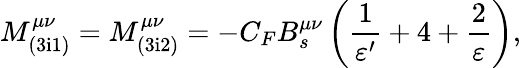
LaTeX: M_{\mathrm{(3i1)}}^{\mu\nu}=M_{\mathrm{(3i2)}}^{\mu\nu}=-C_{F}B_{s}^{\mu\nu}\left(\frac{1}{\varepsilon^{\prime}}+4+\frac{2}{\varepsilon}\right),